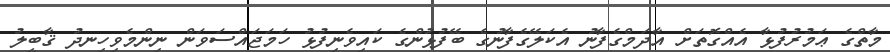
މާތްގެ ޢަމުރުފުޅާ އެއްގޮތަށް އާދަމްގެފާނު އެކަލޭގެފާނުގެ ބޭފުޅުންގެ ކައިވެނިފުޅު ހަމަޖައްސަވަން ނިންމެވިހިނދު ޤާބީލު